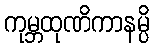
ကုမ္ဘထုဏိကာနမ္ပိ